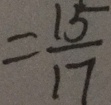
= \frac { 1 5 } { 1 7 }